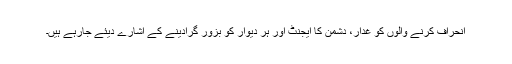
انحراف کرنے والوں کو غدار، دشمن کا ایجنٹ اور ہر دیوار کو بزور گرادینے کے اشارے دیئے جارہے ہیں۔